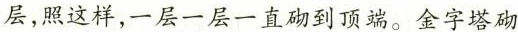
层，照这样，一层一层一直砌到顶端。金字塔砌